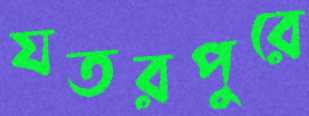
যতরপুরে